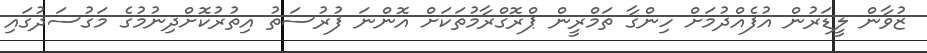
ޒުވާން ލީޑަރުން އުފެއްދުމަށް ހިންގާ ތަމްރީން ޕްރޮގްރާމުތަކަށް އޮންނަ ފުރުސަތު އިތުރުކޮށްދިނުމުގެ މަގުސަދުގައި